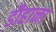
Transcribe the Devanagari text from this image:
डौहाना